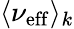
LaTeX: \langle\nu_{\mathrm{eff}}\rangle_{k}